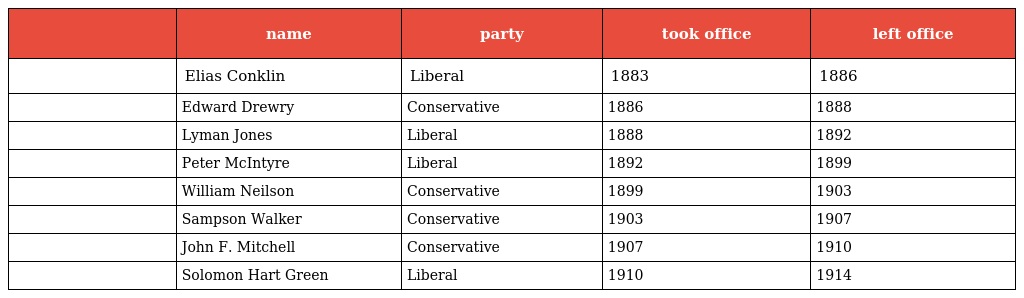
|  | name | party | took office | left office |
 | --- | --- | --- | --- | --- |
 |  | Elias Conklin | Liberal | 1883 | 1886 |
 |  | Edward Drewry | Conservative | 1886 | 1888 |
 |  | Lyman Jones | Liberal | 1888 | 1892 |
 |  | Peter McIntyre | Liberal | 1892 | 1899 |
 |  | William Neilson | Conservative | 1899 | 1903 |
 |  | Sampson Walker | Conservative | 1903 | 1907 |
 |  | John F. Mitchell | Conservative | 1907 | 1910 |
 |  | Solomon Hart Green | Liberal | 1910 | 1914 |